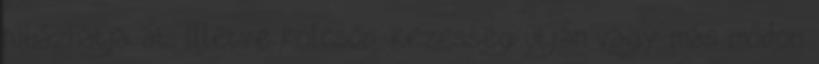
ruházhatja át, illetve kölcsön, kezesség útján vagy más módon